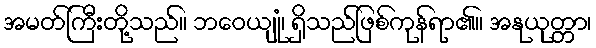
အမတ်ကြီးတို့သည်။ ဘဝေယျုံ၊ ရှိသည်ဖြစ်ကုန်ရာ၏။ အနုယုတ္တာ၊